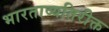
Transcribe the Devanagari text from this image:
भारताव्यतिरीक्त